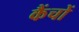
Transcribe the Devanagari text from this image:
कैंचों